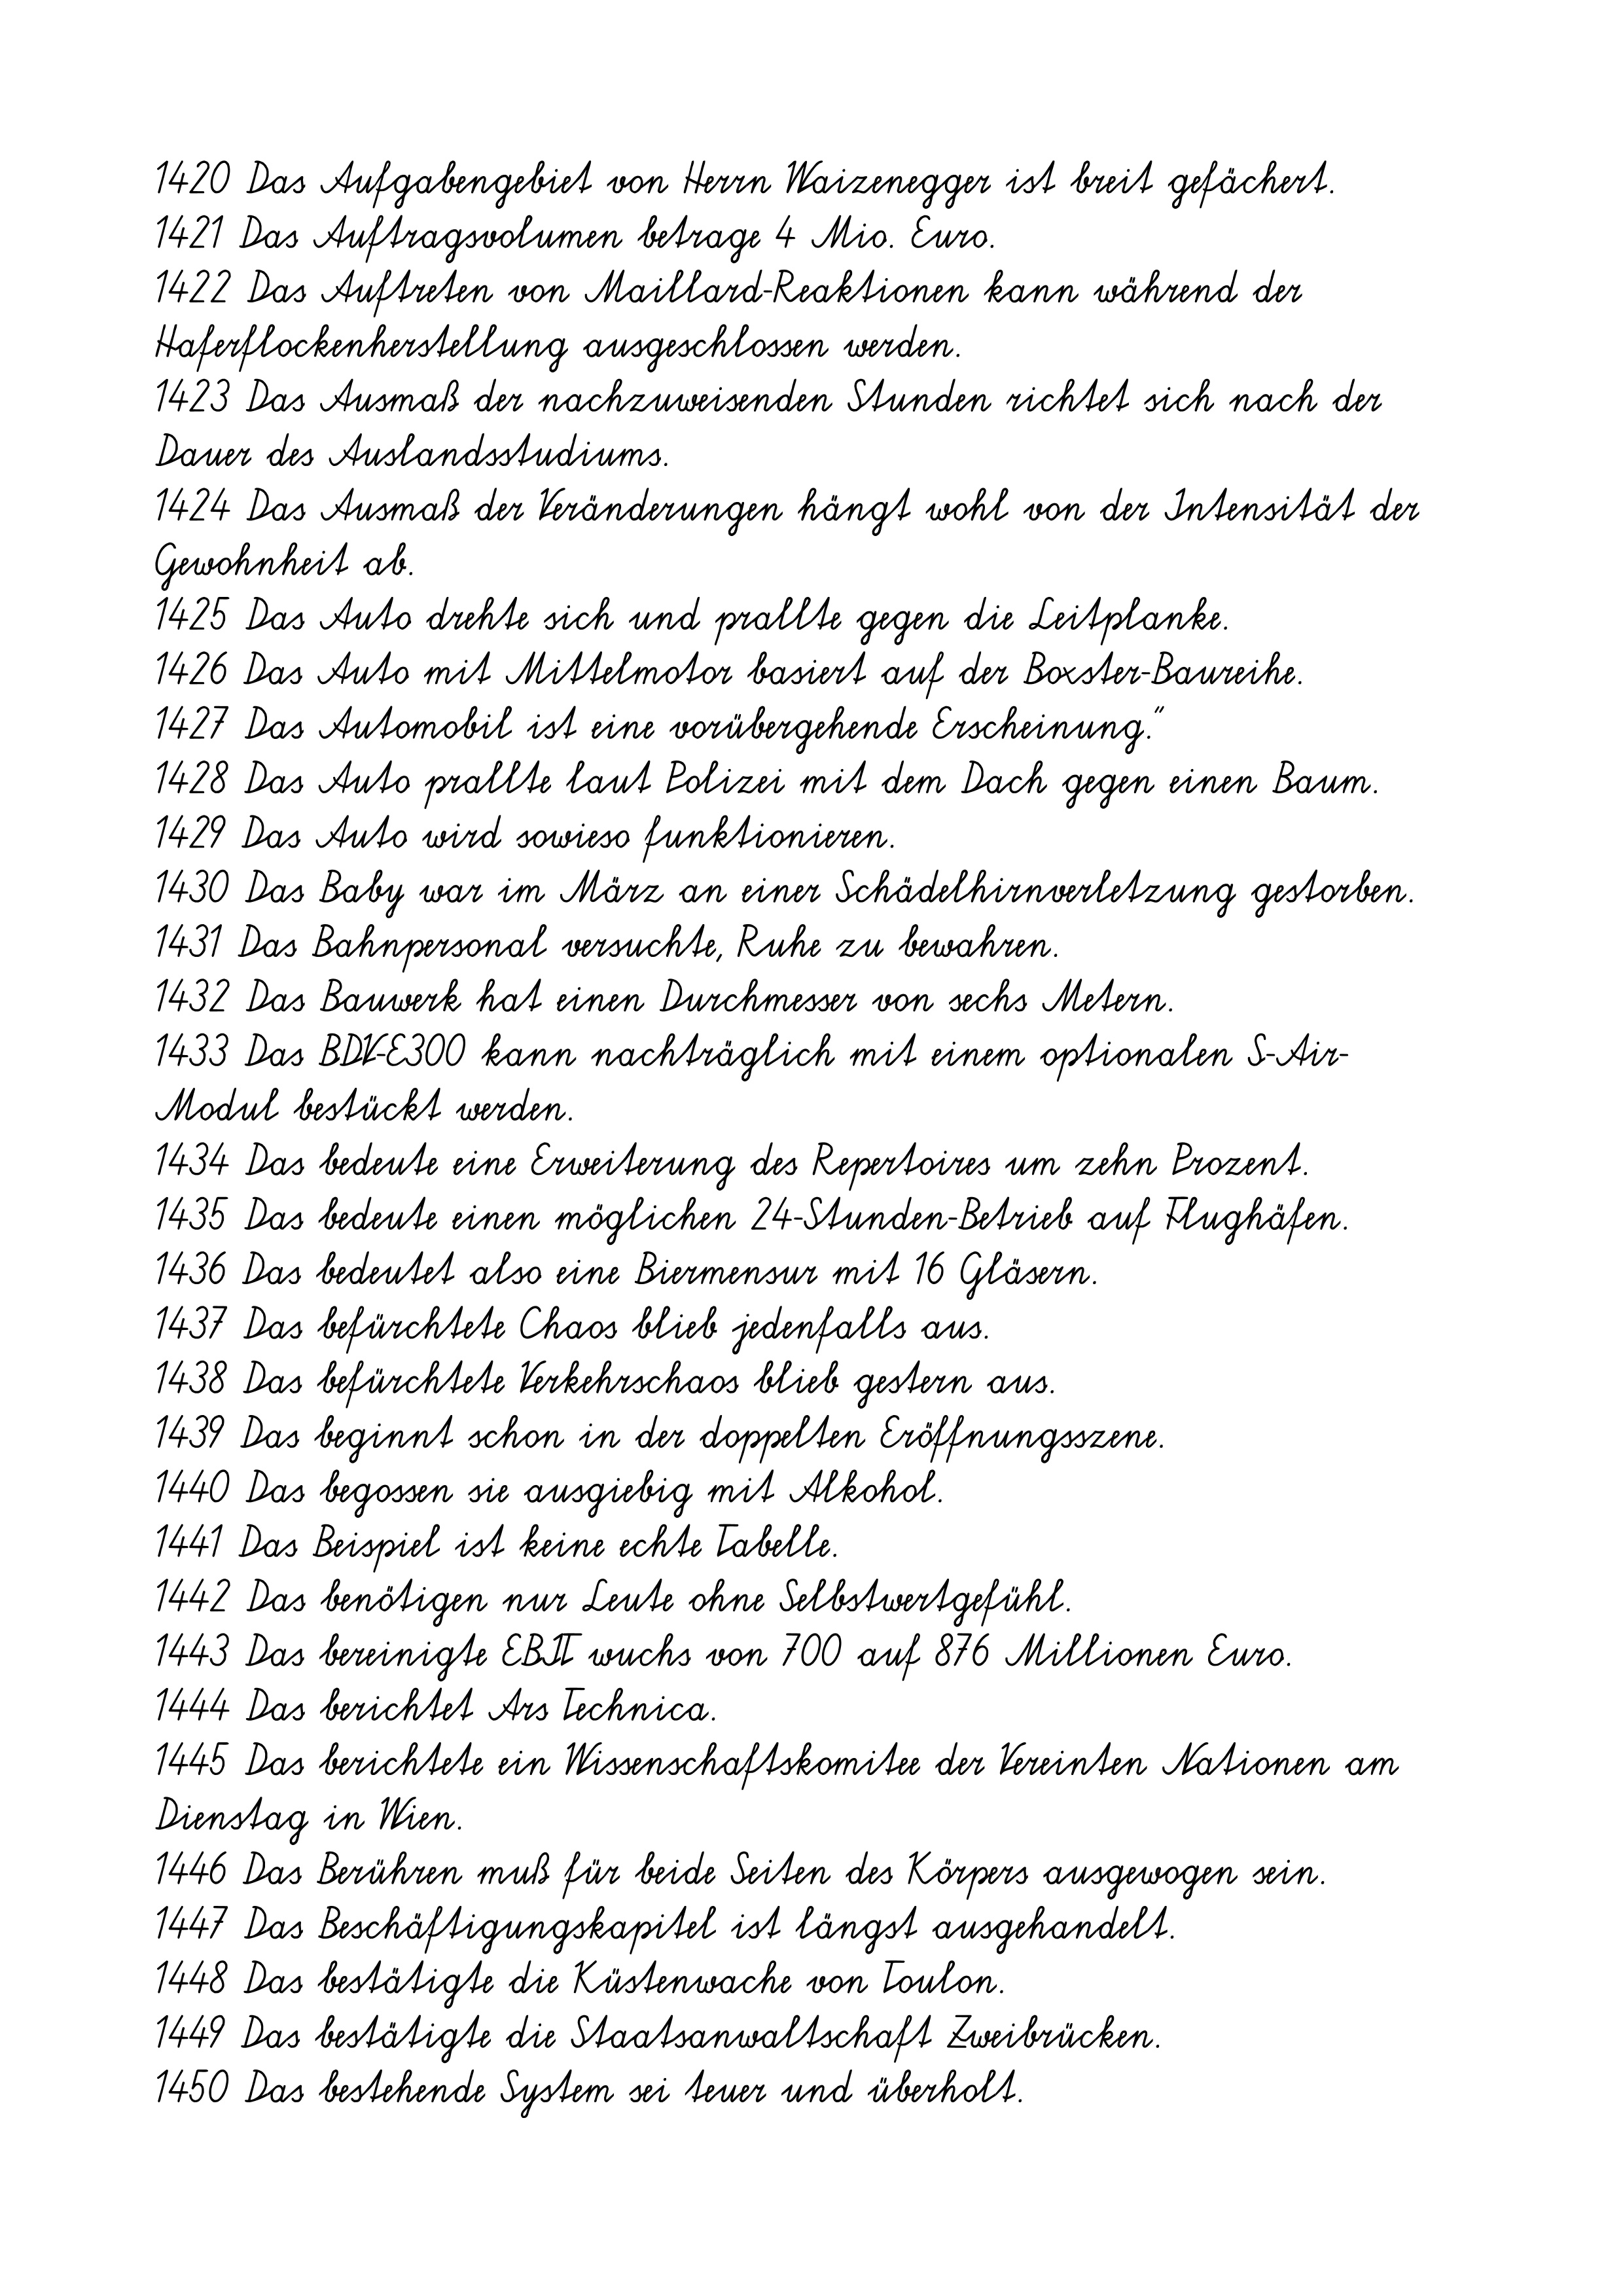
1420 Das Aufgabengebiet von Herrn Waizenegger ist breit gefächert.
1421 Das Auftragsvolumen betrage 4 Mio. Euro.
1422 Das Auftreten von Maillard-Reaktionen kann während der
Haferflockenherstellung ausgeschlossen werden.
1423 Das Ausmaß der nachzuweisenden Stunden richtet sich nach der
Dauer des Auslandsstudiums.
1424 Das Ausmaß der Veränderungen hängt wohl von der Intensität der
Gewohnheit ab.
1425 Das Auto drehte sich und prallte gegen die Leitplanke.
1426 Das Auto mit Mittelmotor basiert auf der Boxster-Baureihe.
1427 Das Automobil ist eine vorübergehende Erscheinung."
1428 Das Auto prallte laut Polizei mit dem Dach gegen einen Baum.
1429 Das Auto wird sowieso funktionieren.
1430 Das Baby war im März an einer Schädelhirnverletzung gestorben.
1431 Das Bahnpersonal versuchte, Ruhe zu bewahren.
1432 Das Bauwerk hat einen Durchmesser von sechs Metern.
1433 Das BDV-E300 kann nachträglich mit einem optionalen S-Air-
Modul bestückt werden.
1434 Das bedeute eine Erweiterung des Repertoires um zehn Prozent.
1435 Das bedeute einen möglichen 24-Stunden-Betrieb auf Flughäfen.
1436 Das bedeutet also eine Biermensur mit 16 Gläsern.
1437 Das befürchtete Chaos blieb jedenfalls aus.
1438 Das befürchtete Verkehrschaos blieb gestern aus.
1439 Das beginnt schon in der doppelten Eröffnungsszene.
1440 Das begossen sie ausgiebig mit Alkohol.
1441 Das Beispiel ist keine echte Tabelle.
1442 Das benötigen nur Leute ohne Selbstwertgefühl.
1443 Das bereinigte EBIT wuchs von 700 auf 876 Millionen Euro.
1444 Das berichtet Ars Technica.
1445 Das berichtete ein Wissenschaftskomitee der Vereinten Nationen am
Dienstag in Wien.
1446 Das Berühren muß für beide Seiten des Körpers ausgewogen sein.
1447 Das Beschäftigungskapitel ist längst ausgehandelt.
1448 Das bestätigte die Küstenwache von Toulon.
1449 Das bestätigte die Staatsanwaltschaft Zweibrücken.
1450 Das bestehende System sei teuer und überholt.